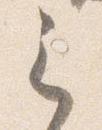
之